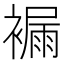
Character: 𧜾